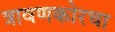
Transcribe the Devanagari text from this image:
त्रावणकोरचा